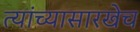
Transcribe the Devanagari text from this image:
त्यांच्यासारखेच